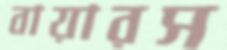
বায়ারস